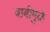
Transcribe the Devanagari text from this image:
बाबीमुळे